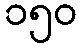
၁၅၀